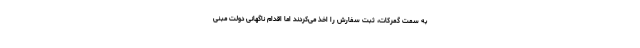
به سمت گمرکات، ثبت سفارش را اخذ می‌کردند اما اقدام ناگهانی دولت مبنی